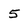
Character: 5